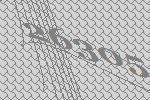
26305